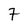
Character: 7